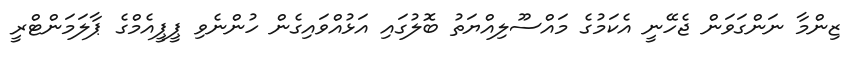
ޒިންމާ ނަންގަވަން ޖެހޭނީ އެކަމުގެ މައްސޫލިއްޔަތު ބޮލުގައި އަޅުއްވައިގެން ހުންނެވި ޕީޕީއެމްގެ ޕާލަމަންޓްރީ